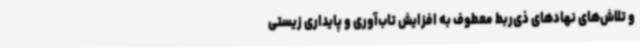
و تلاش‌های نهادهای ذی‌ربط معطوف به افزایش تاب‌آوری و پایداری زیستی